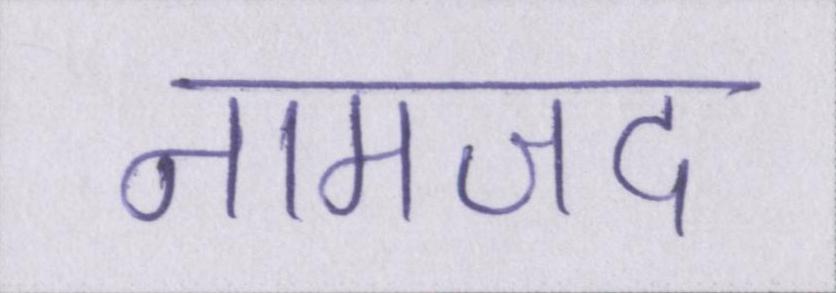
नामजद